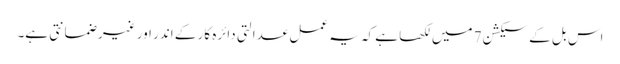
اس بل کے سیکشن 7 میں لکھا ہے کہ یہ عمل عدالتی دائرہ کار کے اندر اور غیر ضمانتی ہے۔